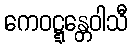
ကေဝဋ္ဋန္တေဝါသီ